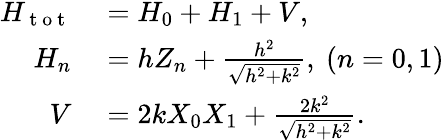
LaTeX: \begin{array}{rl}{H_{\mathrm{~t~o~t~}}}&{{}=H_{0}+H_{1}+V,}\\ {H_{n}}&{{}=hZ_{n}+\frac{h^{2}}{\sqrt{h^{2}+k^{2}}},~(n=0,1)}\\ {V}&{{}=2kX_{0}X_{1}+\frac{2k^{2}}{\sqrt{h^{2}+k^{2}}}.}\end{array}